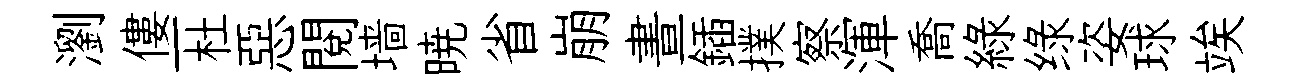
瀏僂一杜惡閲墙暁省崩晝鍤撲察渾喬緑绿姿球竢